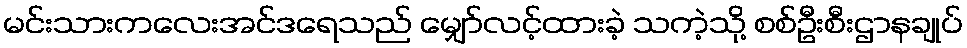
မင်းသားကလေးအင်ဒရေသည် မျှော်လင့်ထားခဲ့ သကဲ့သို့ စစ်ဦးစီးဌာနချုပ်